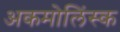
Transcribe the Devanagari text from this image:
अकमोलिंस्क